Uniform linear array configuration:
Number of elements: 64
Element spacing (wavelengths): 0.25
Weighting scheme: cosine
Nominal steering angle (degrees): -45
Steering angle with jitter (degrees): -46.063
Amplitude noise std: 0.05
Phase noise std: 0.05

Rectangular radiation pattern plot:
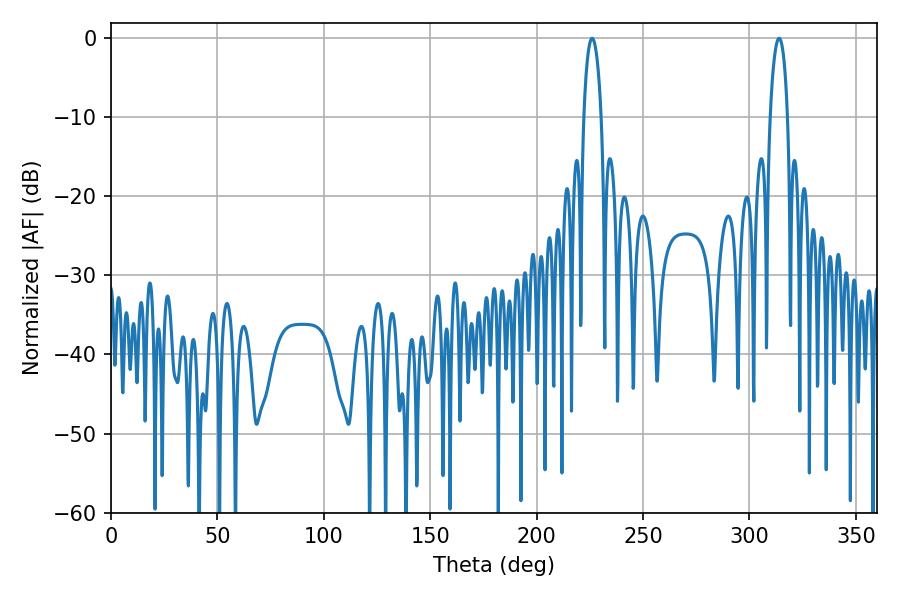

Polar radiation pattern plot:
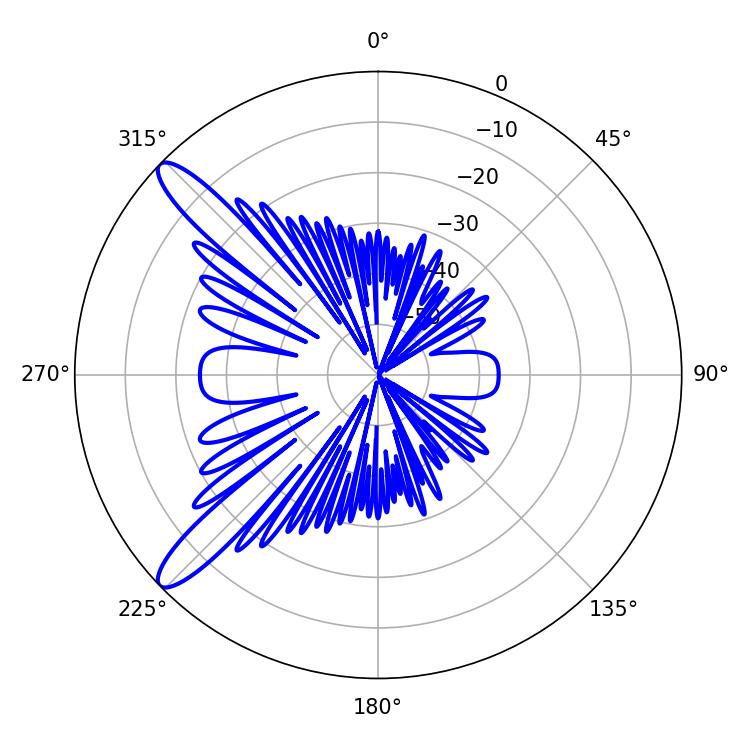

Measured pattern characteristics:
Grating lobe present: FALSE
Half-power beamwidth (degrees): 4.68
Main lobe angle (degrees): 226.08